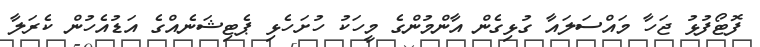
ފޮޓޯފުޅު ޖަހާ މައްސަލައާ ގުޅިގެން އާންމުންގެ މީހަކު ހުށަހެޅި ޕެޓިޝަނެއްގެ އަޑުއެހުން ކެރަލާ